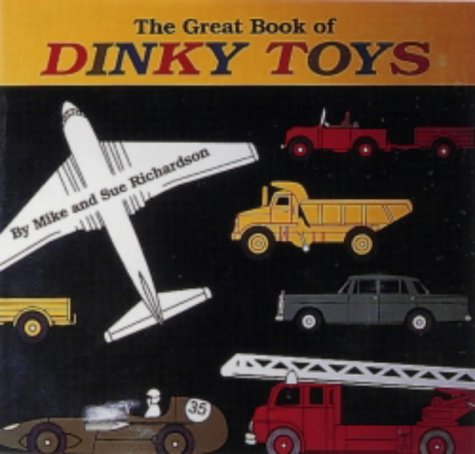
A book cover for Great Book of Dinky Toys; Mike Richardson; Crafts, Hobbies & Home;